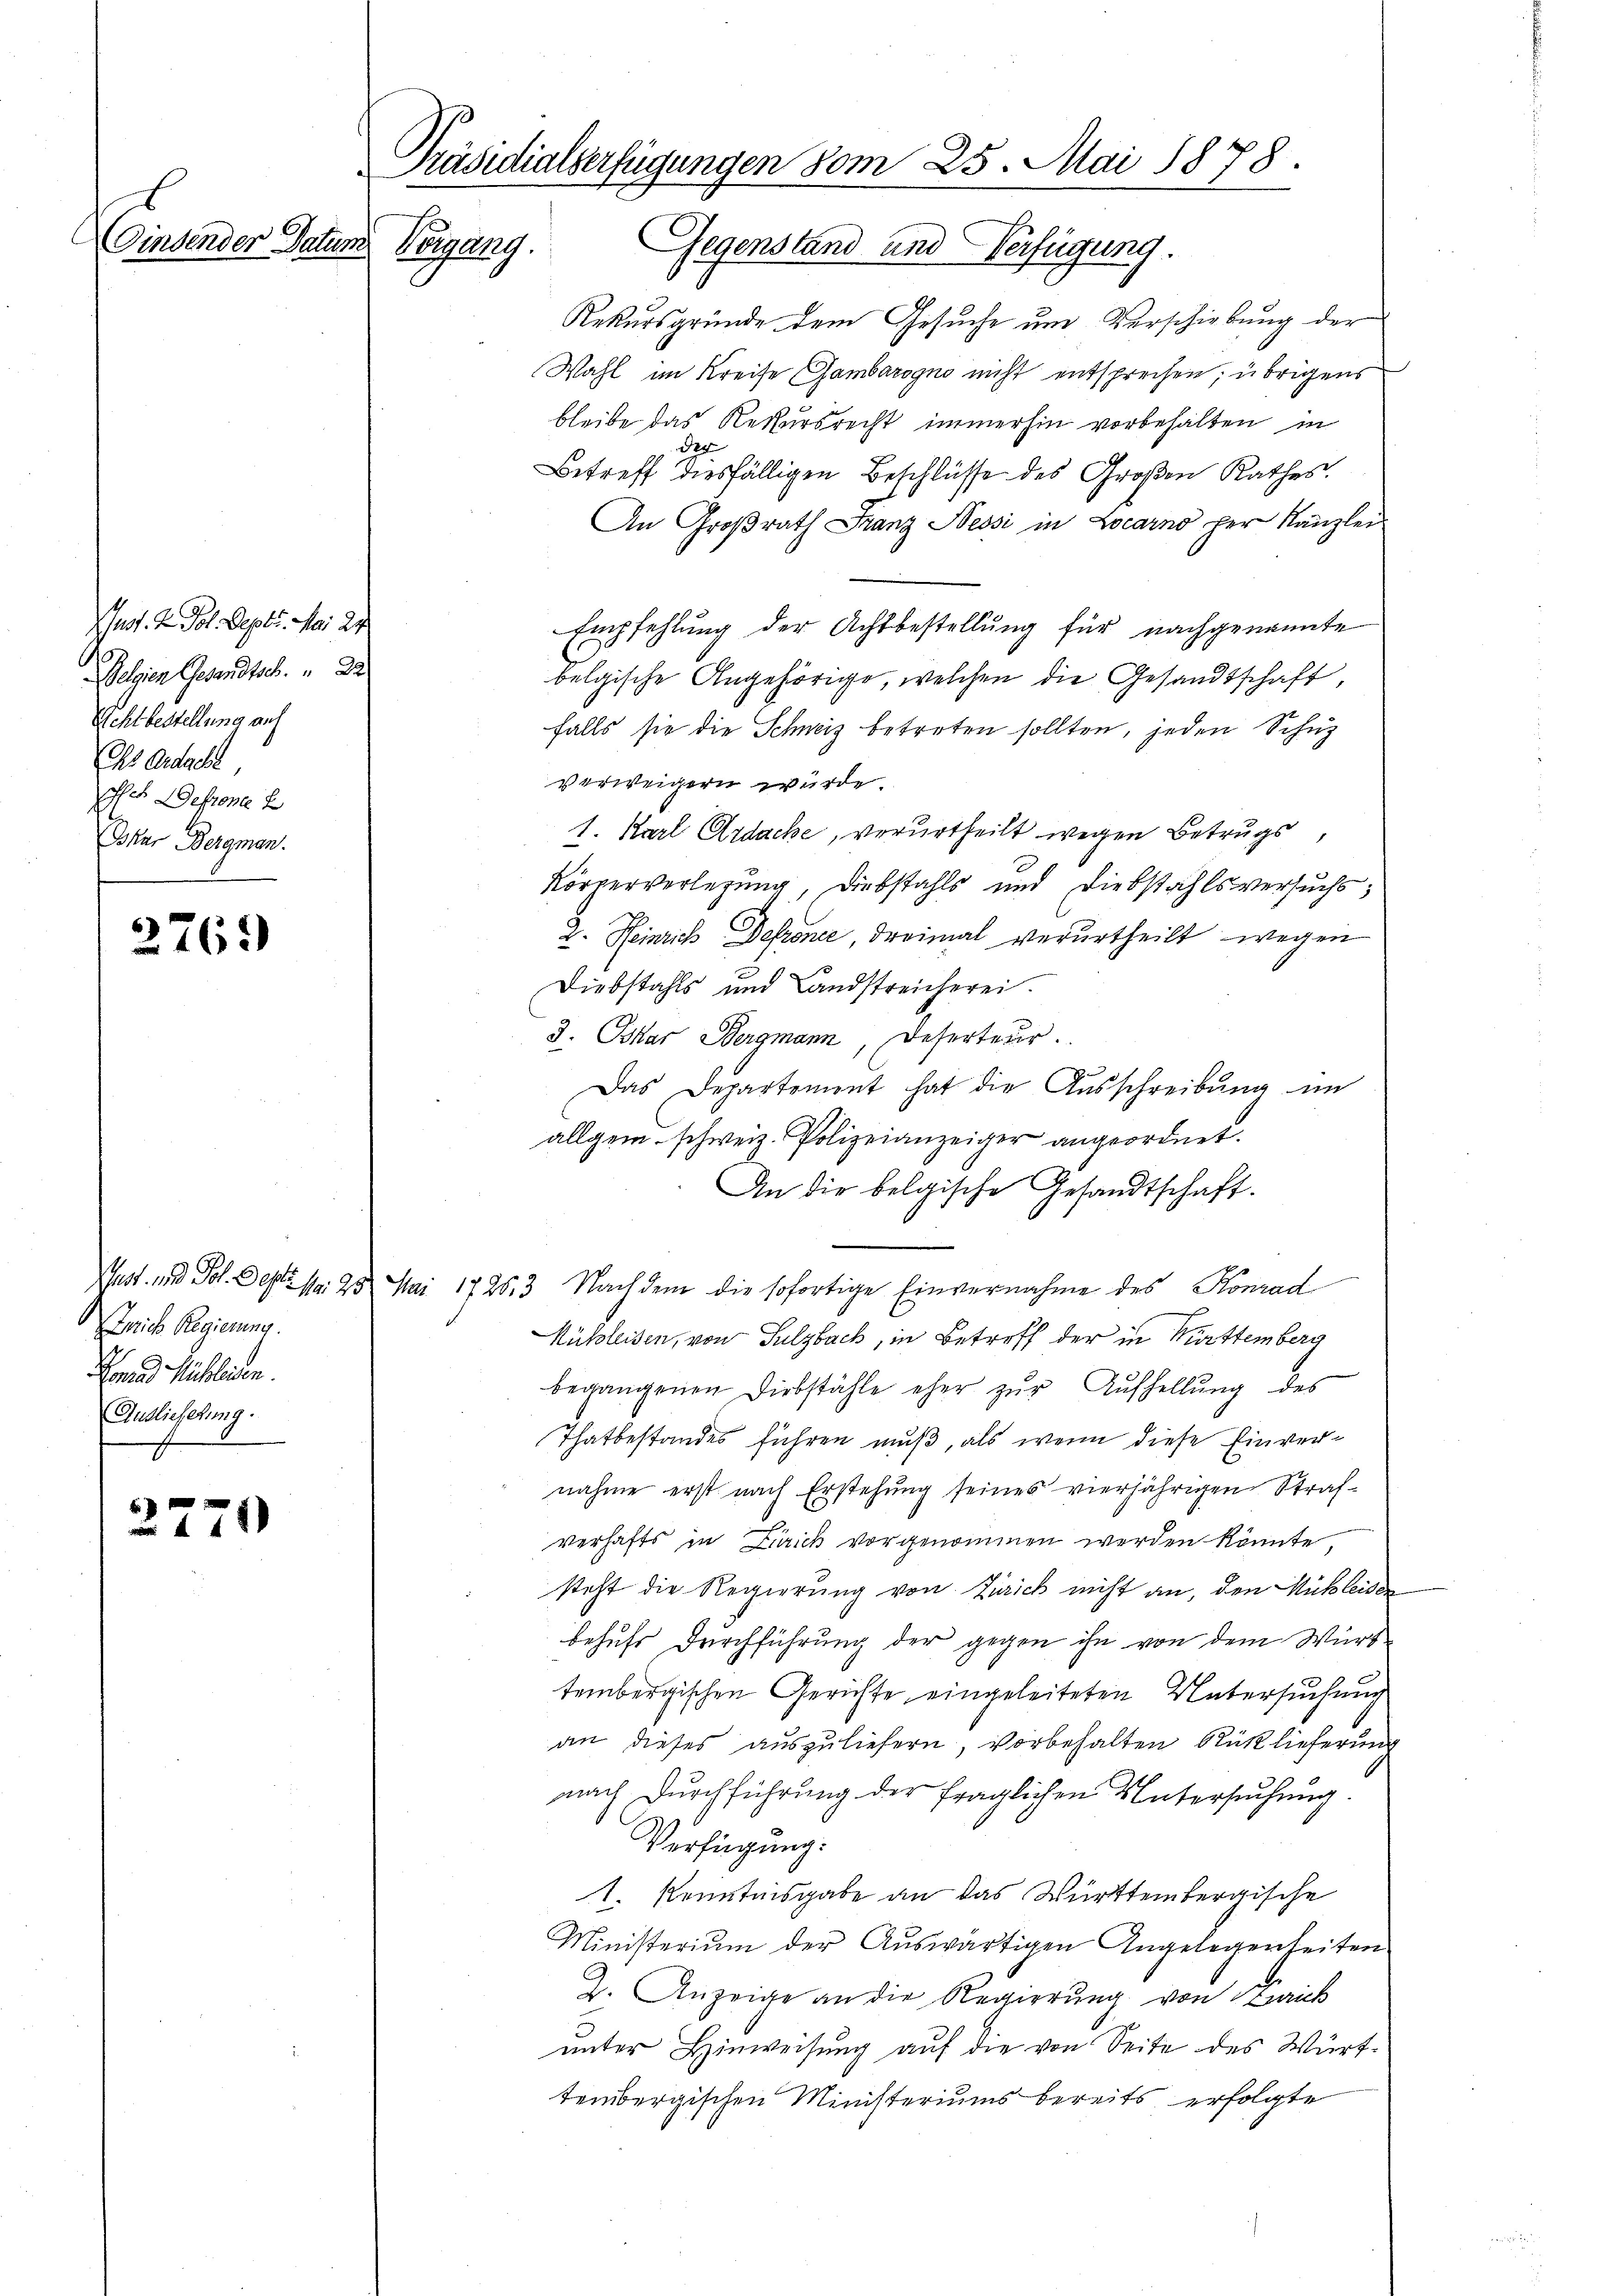
uss. Z. Fol. Deper. Mai 24
elgien Gesandtsch. 2
Schtbestellung auf
Chs Andacht
Pfe Defrone
Oskar Bergman.

2761)

Zürich Regierung.
Lana Pichleiden.
Auslieferung.

2270

Präsidialverfügungen vom 25. Mai 1878.
Findender Datum Vorgang.
Gegenstand und Verfügung.

Rekursgründe dem Gesuche um Verschiebung der
Wahl im Kreise Gambarogno nicht entsprechen; übrigens
bleibe das Rekursrecht immerhin vorbehalten in
d
Betreff diesfälligen Beschlüsse des Großen Rathes.
An Großrath Franz Sessi in Locarno per Kanzlei
Empfehlung der Achtbestellung für nachgenannte
belgische Angehörige, welchen die Gesandtschaft,
falls sie die Schweiz betreten sollten, jeden Schut
verweigern würde.
1. Karl Ardache, verurtheilt wegen Betrugs,
Körperverlegung, Diebstahls und Diebstahlsversuchs,
2. Heinrich Defroner, dreimal verurtheilt wegen
Diebstahls und Landstreicherei.
3. Oskar Bergmann, Deserteur.
Das Departement hat die Aŭsschreibŭng im
allgem. schweiz. Polizeianzeiger angeordnet.
An die belgische Gesandtschaft.
Gast- und Fol. Dest. Nr. 25 Mai 17263. Nachdem die sofortige Einvernahme des Konrad
Rüchleisen, von Sulzbach, in Betreff der in Württemberg
begangenen Diebstähle eher zŭr Aŭfhellŭng des
Thatbestandes führen muß, als wenn diese Einvernahme erst nach Erstehung seines vierjährigen Strafverhafts in Zürich vorgenommen werden könnte,
steht die Regierung von Zürich nicht an, den Michleiden
behufs Durchführung der gegen ihn von dem Württembergischen Gerichte eingeleiteten Untersuchung
an dieses auszuliefern, vorbehalten Rüklieferung
nach Durchführung der fraglichen Untersuchung.
Verfügung:
1. Kenntnisgabe an das Württembergische
Ministerium der Aŭswärtigen Angelegenheiten
J. Anzeige an die Regierŭng von Laich
unter Hinweisung auf die von Seite des Württembergischen Ministeriums bereits erfolgte